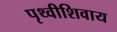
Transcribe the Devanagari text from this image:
पृथ्वीशिवाय